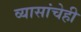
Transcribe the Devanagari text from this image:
व्यासांचेही